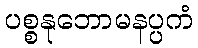
ပစ္စနုဘောမနပ္ပကံ